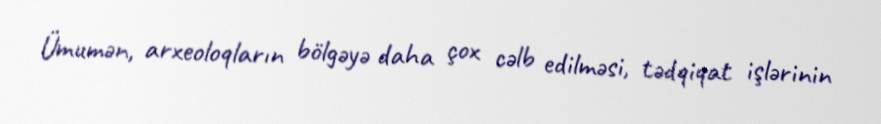
Ümumən, arxeoloqların bölgəyə daha çox cəlb edilməsi, tədqiqat işlərinin